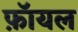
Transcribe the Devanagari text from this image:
फ़ॉयल